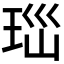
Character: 𤤼